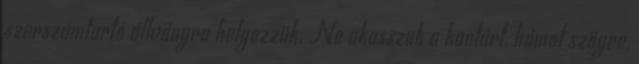
szerszámtartó állványra helyezzük. Ne akasszuk a kantárt, hámot szögre,